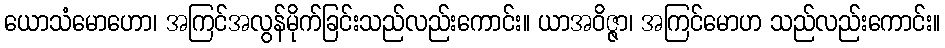
ယောသံမောဟော၊ အကြင်အလွန်မိုက်ခြင်းသည်လည်းကောင်း။ ယာအဝိဇ္ဇာ၊ အကြင်မောဟ သည်လည်းကောင်း။